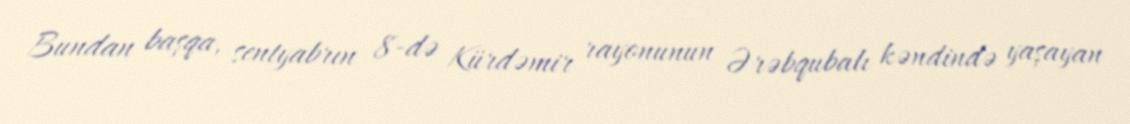
Bundan başqa, sentyabrın 8-də Kürdəmir rayonunun Ərəbqubalı kəndində yaşayan